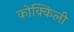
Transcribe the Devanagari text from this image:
कोक्किली